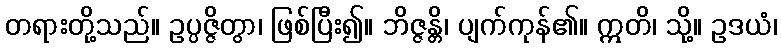
တရားတို့သည်။ ဥပ္ပဇ္ဇိတွာ၊ ဖြစ်ပြီး၍။ ဘိဇ္ဇန္တိ၊ ပျက်ကုန်၏။ ဣတိ၊ သို့။ ဥဒယံ၊